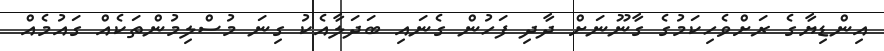
އިންޑިޔާގެ ރަށްވެހިކަމުގެ ގާނޫނަށް ދާދި ފަހުން ގެނައި ބަދަލާއެކު ގިނަ މުސްލިމުންތަކެއް ގައުމެއް